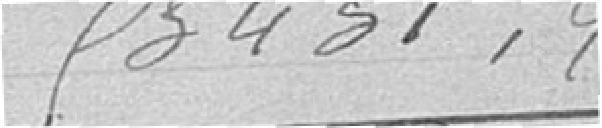
53.431,25